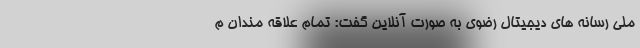
ملی رسانه های دیجیتال رضوی به صورت آنلاین گفت: تمام علاقه مندان م